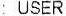
: USER